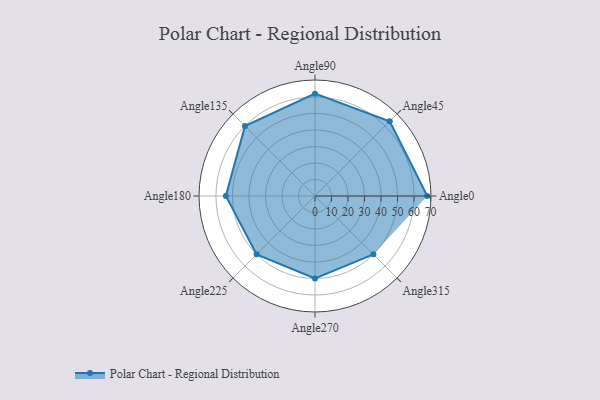
{"axis": {"x": "Angle", "y": "Radius"}, "legend": [""], "data": [{"x": "Angle0", "y": 68.0, "type": ""}, {"x": "Angle45", "y": 64.0, "type": ""}, {"x": "Angle90", "y": 62.0, "type": ""}, {"x": "Angle135", "y": 60.0, "type": ""}, {"x": "Angle180", "y": 54.0, "type": ""}, {"x": "Angle225", "y": 50, "type": ""}, {"x": "Angle270", "y": 50, "type": ""}, {"x": "Angle315", "y": 50, "type": ""}]}